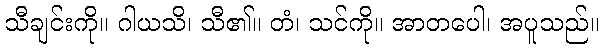
သီချင်းကို။ ဂါယသိ၊ သီ၏။ တံ၊ သင်ကို။ အာတပေါ၊ အပူသည်။